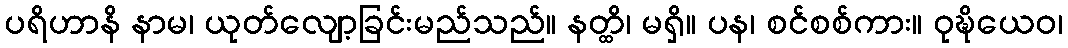
ပရိဟာနိ နာမ၊ ယုတ်လျော့ခြင်းမည်သည်။ နတ္ထိ၊ မရှိ။ ပန၊ စင်စစ်ကား။ ဝုဍ္ဎိယေဝ၊